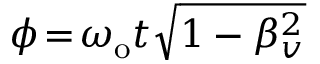
\phi \! = \! \omega _ { \mathrm { o } } t \sqrt { 1 - \beta _ { v } ^ { 2 } }